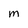
Character: M